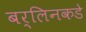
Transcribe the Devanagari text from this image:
बर्लिनकडे